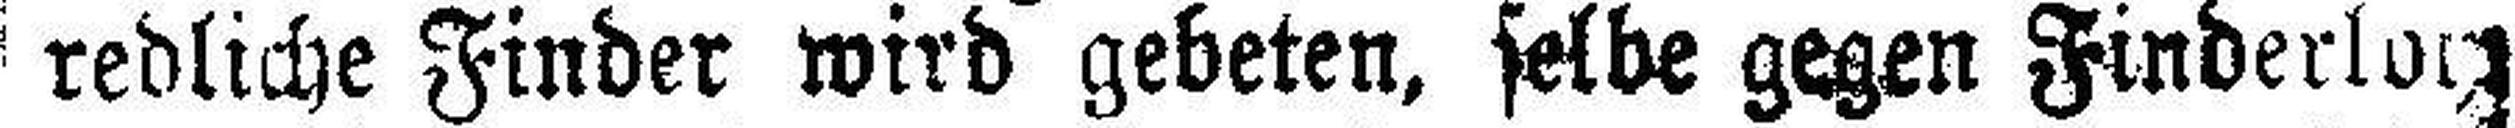
redliche Finder wird gebeten, selbe gegen Finderlo###